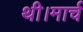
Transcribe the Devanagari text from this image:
थी।मार्च